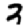
Digit: 3